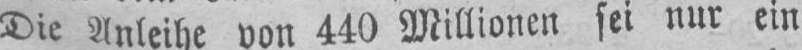
Die Anleihe von 440 Millionen sei nur ein